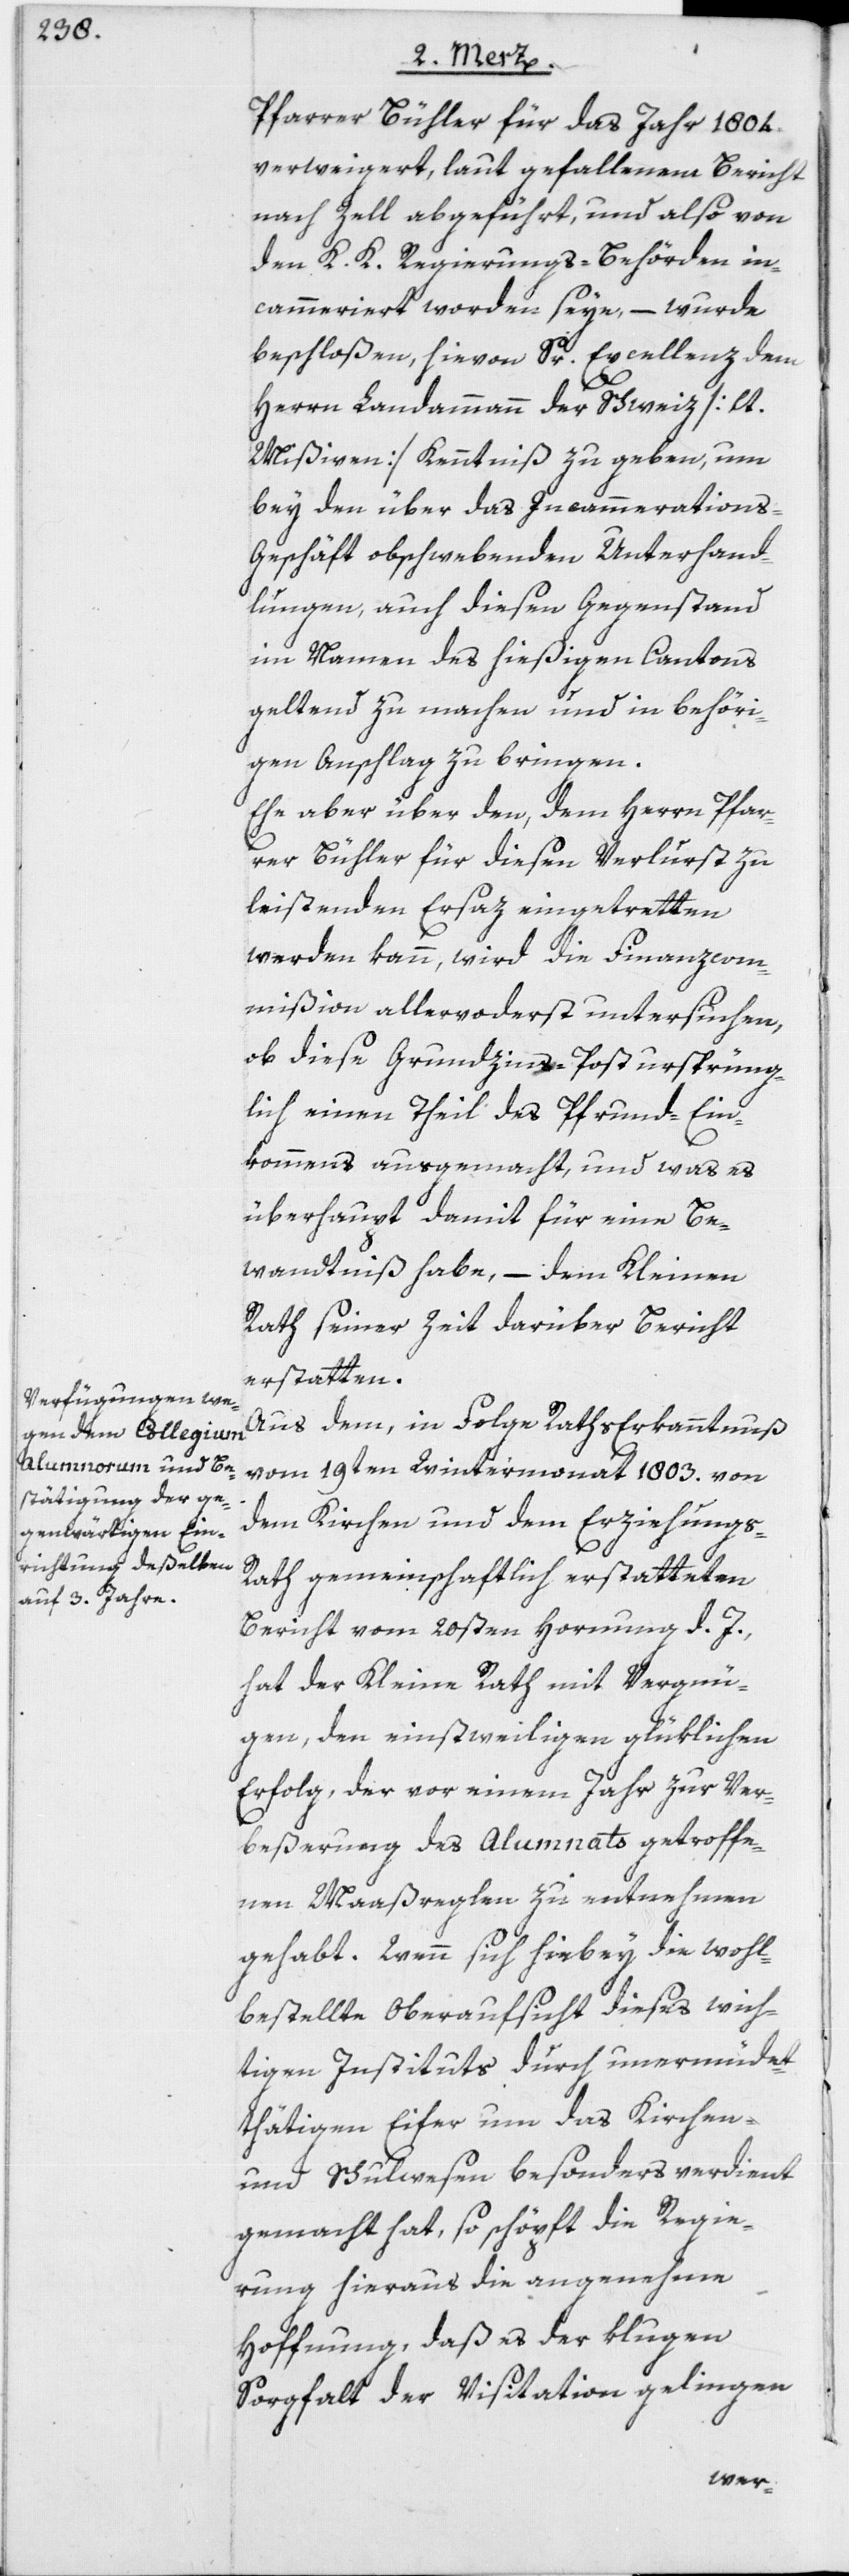
Pfarrer Bühler für das Jahr 1804.
verweigert, laut gefallenem Bericht
nach Zell abgeführt, und also von
den K. K. Regierungs-Behörden in¬
cammeriert worden seye, – wurde
beschloßen, hievon Sr. Excellenz dem
Herrn Landammann der Schweiz [lt.
Mißiven] Kenntniß zu geben, um
bey den über das Incammerations-G¬
eschäft obschwebenden Unterhand¬
lungen, auch diesen Gegenstand
im Namen des hießigen Cantons
geltend zu machen und in behöri¬
gen Anschlag zu bringen.
Ehe aber über den, dem Herrn Pfar¬
rer Bühler für diesen Verlurst zu
leistenden Ersaz eingetretten
werden kann, wird die Finanzcom¬
mißion allervo[r]derst untersuchen,
ob diese Grundzins-Post ursprüng¬
lich einen Theil des Pfrund-Ein¬
kommens ausgemacht, und was es
überhaupt damit für eine Be¬
wandtniß habe, – dem Kleinen
Rath seiner Zeit darüber Bericht
erstatten.
Aus dem, in Folge Raths[-]Erkanntnuß
vom 19ten Wintermonat 1803. von
dem Kirchen[-] und dem Erziehung¬
s-Rath gemeinschaftlich erstatteten
Bericht vom 20sten Hornung d. J.
hat der Kleine Rath mit Vergnü¬
gen, den einstweiligen glüklichen
Erfolg, der vor einem Jahr zur Ver¬
beßerung des Alumnats getroffe¬
nen Maaßreglen zu entnehmen
gehabt. Wenn sich hierbey die wohl¬
bestellte Oberaufsicht dieses wich¬
tigen Instituts durch unermüdet¬
thätigen Eifer um das Kirchen-
und Schulwesen besonders verdient
gemacht hat, so schöpft die Regie¬
rung hieraus die angenehme
Hoffnung, daß es der klugen
Sorgfalt der Visitation gelingen